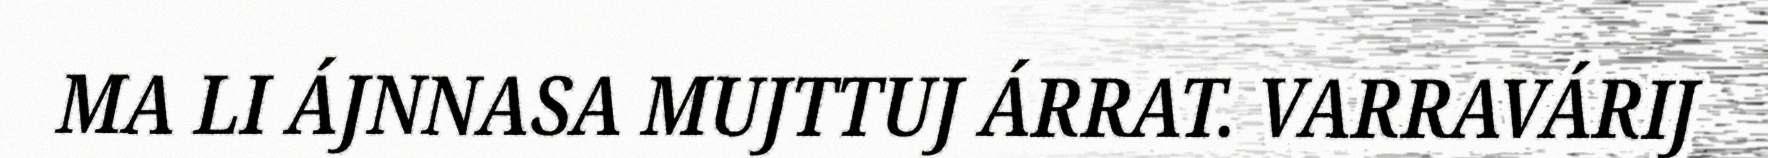
MA LI ÁJNNASA MUJTTUJ ÁRRAT. VARRAVÁRIJ